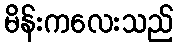
မိန်းကလေးသည်